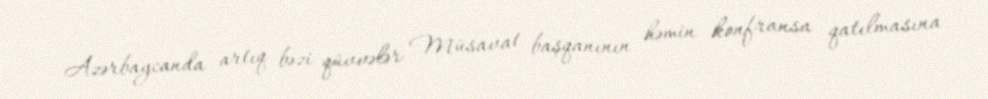
Azərbaycanda artıq bəzi qüvvələr Müsavat başqanının həmin konfransa qatılmasına